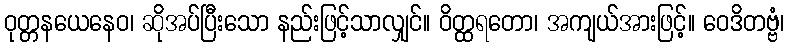
ဝုတ္တနယေနေဝ၊ ဆိုအပ်ပြီးသော နည်းဖြင့်သာလျှင်။ ဝိတ္ထရတော၊ အကျယ်အားဖြင့်။ ဝေဒိတဗ္ဗံ၊